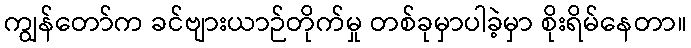
ကျွန်တော်က ခင်ဗျားယာဉ်တိုက်မှု တစ်ခုမှာပါခဲ့မှာ စိုးရိမ်နေတာ။